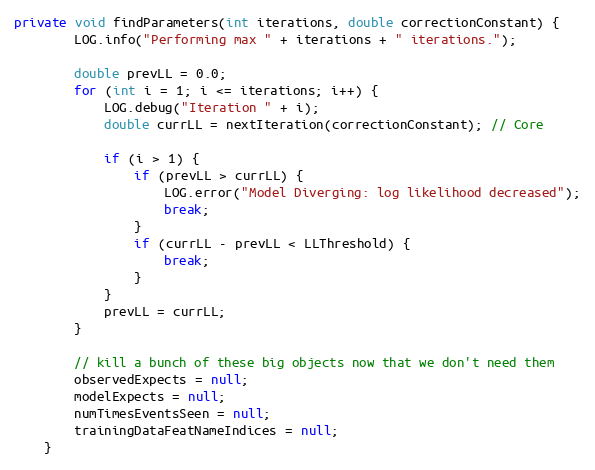
Language: Java
private void findParameters(int iterations, double correctionConstant) {
        LOG.info("Performing max " + iterations + " iterations.");

        double prevLL = 0.0;
        for (int i = 1; i <= iterations; i++) {
            LOG.debug("Iteration " + i);
            double currLL = nextIteration(correctionConstant); // Core

            if (i > 1) {
                if (prevLL > currLL) {
                    LOG.error("Model Diverging: log likelihood decreased");
                    break;
                }
                if (currLL - prevLL < LLThreshold) {
                    break;
                }
            }
            prevLL = currLL;
        }

        // kill a bunch of these big objects now that we don't need them
        observedExpects = null;
        modelExpects = null;
        numTimesEventsSeen = null;
        trainingDataFeatNameIndices = null;
    }